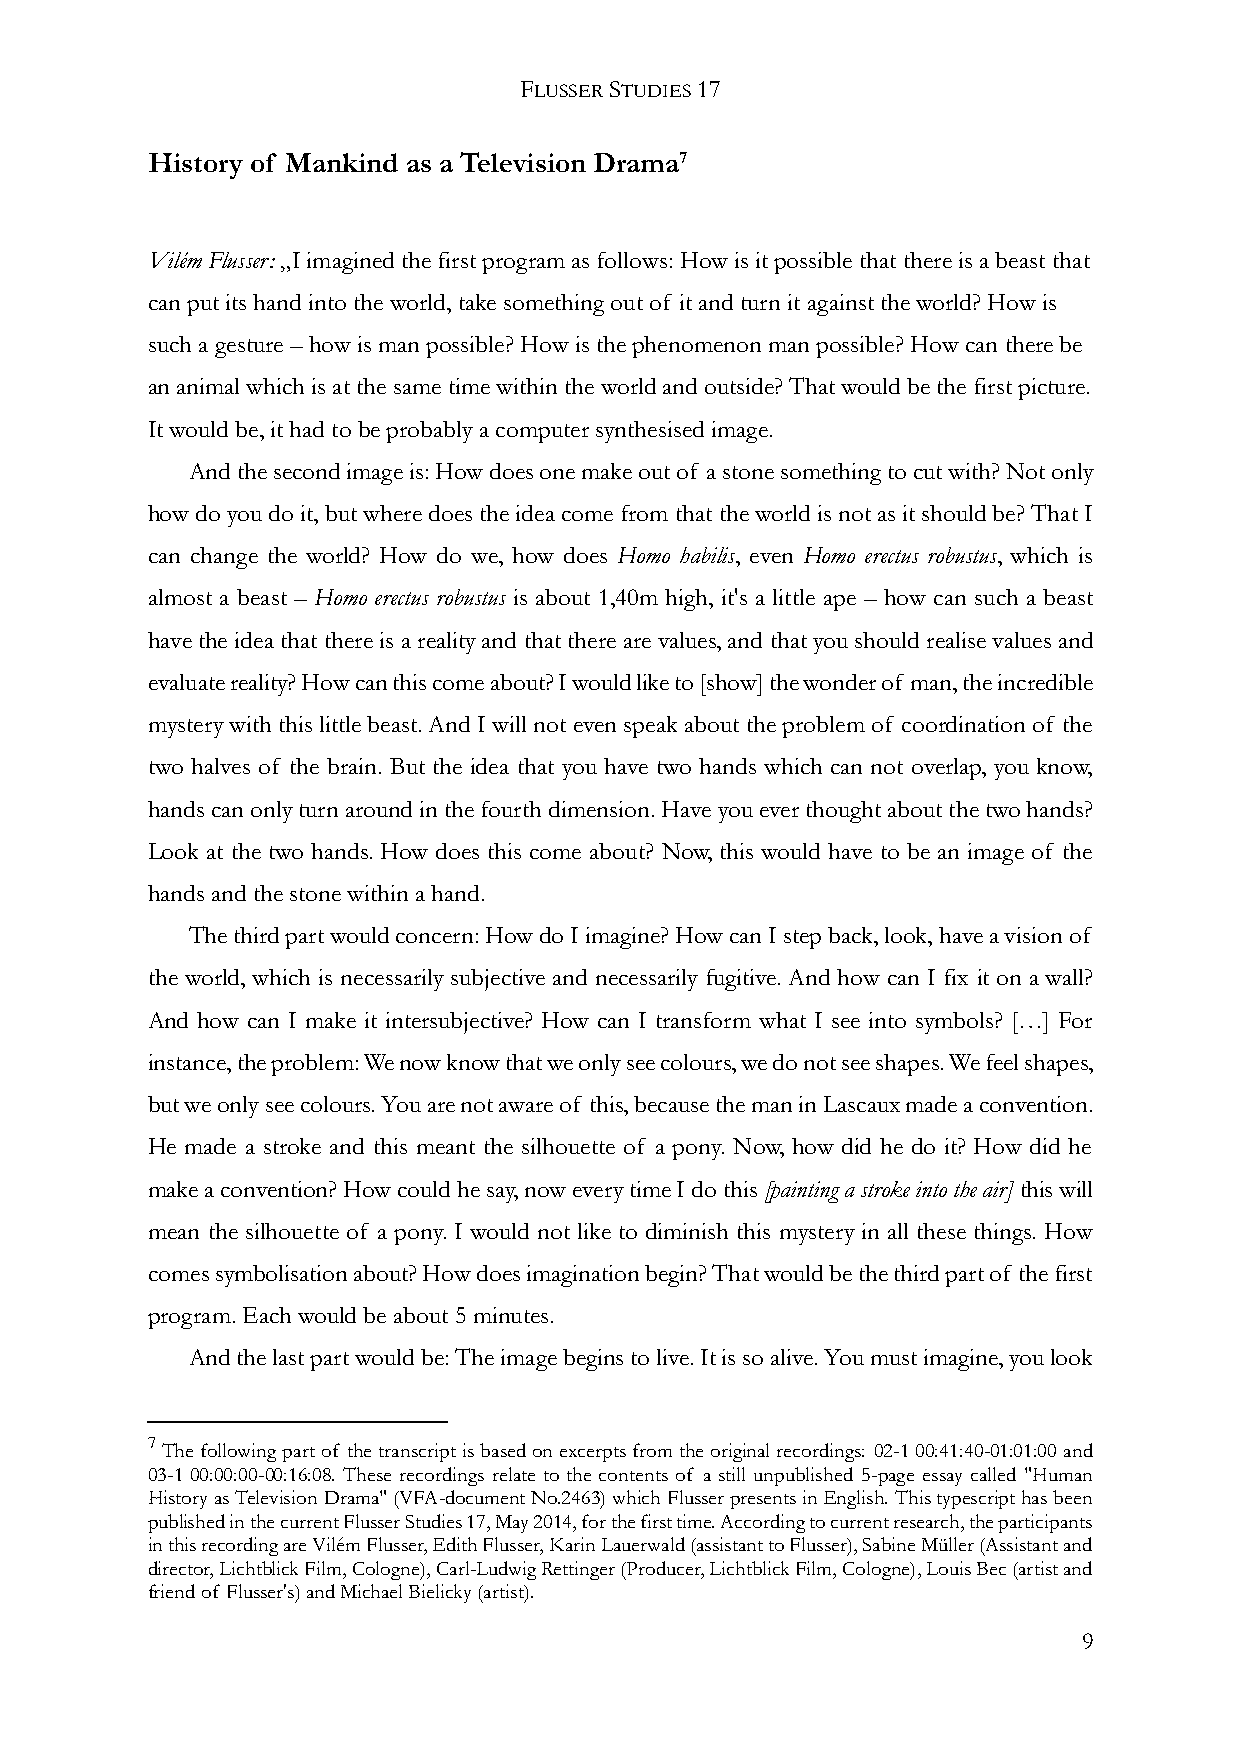
FLUSSER STUDIES 17
 History of Mankind as a Television Drama7
 Vilém Flusser: „I imagined the first program as follows: How is it possible that there is a beast that
 can put its hand into the world, take something out of it and turn it against the world? How is
 such a gesture – how is man possible? How is the phenomenon man possible? How can there be
 an animal which is at the same time within the world and outside? That would be the first picture.
 It would be, it had to be probably a computer synthesised image.
 And the second image is: How does one make out of a stone something to cut with? Not only
 how do you do it, but where does the idea come from that the world is not as it should be? That I
 can change the world? How do we, how does Homo habilis, even Homo erectus robustus, which is
 almost a beast – Homo erectus robustus is about 1,40m high, it's a little ape – how can such a beast
 have the idea that there is a reality and that there are values, and that you should realise values and
 evaluate reality? How can this come about? I would like to [show] the wonder of man, the incredible
 mystery with this little beast. And I will not even speak about the problem of coordination of the
 two halves of the brain. But the idea that you have two hands which can not overlap, you know,
 hands can only turn around in the fourth dimension. Have you ever thought about the two hands?
 Look at the two hands. How does this come about? Now, this would have to be an image of the
 hands and the stone within a hand.
 The third part would concern: How do I imagine? How can I step back, look, have a vision of
 the world, which is necessarily subjective and necessarily fugitive. And how can I fix it on a wall?
 And how can I make it intersubjective? How can I transform what I see into symbols? […] For
 instance, the problem: We now know that we only see colours, we do not see shapes. We feel shapes,
 but we only see colours. You are not aware of this, because the man in Lascaux made a convention.
 He made a stroke and this meant the silhouette of a pony. Now, how did he do it? How did he
 make a convention? How could he say, now every time I do this [painting a stroke into the air] this will
 mean the silhouette of a pony. I would not like to diminish this mystery in all these things. How
 comes symbolisation about? How does imagination begin? That would be the third part of the first
 program. Each would be about 5 minutes.
 And the last part would be: The image begins to live. It is so alive. You must imagine, you look
 7
 The following part of the transcript is based on excerpts from the original recordings: 02-1 00:41:40-01:01:00 and
 03-1 00:00:00-00:16:08. These recordings relate to the contents of a still unpublished 5-page essay called "Human
 History as Television Drama" (VFA-document No.2463) which Flusser presents in English. This typescript has been
 published in the current Flusser Studies 17, May 2014, for the first time. According to current research, the participants
 in this recording are Vilém Flusser, Edith Flusser, Karin Lauerwald (assistant to Flusser), Sabine Müller (Assistant and
 director, Lichtblick Film, Cologne), Carl-Ludwig Rettinger (Producer, Lichtblick Film, Cologne), Louis Bec (artist and
 friend of Flusser's) and Michael Bielicky (artist).
 9